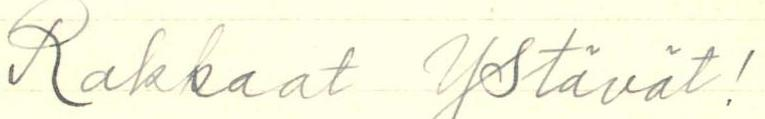
Rakkaat Ystävät!